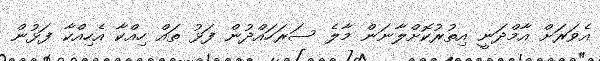
އެވަރަށް އާމްދަނީ އިތުރުކޮށްލާނަން މާލެ ސަރަހައްދުން ފަޅު ތައް ހިއްކާ އެހިއްކާ ފަޅުން